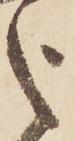
之